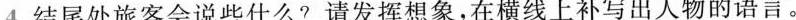
4.结尾处旅客会说些什么？请发挥想象，在横线上补写出人物的语言。